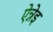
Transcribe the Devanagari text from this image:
ऐन्नेइ